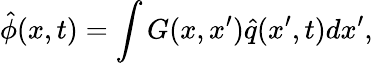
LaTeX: \hat{\phi}(x,t)=\int G(x,x^{\prime})\hat{q}(x^{\prime},t)dx^{\prime},